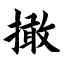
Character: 撖